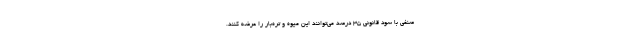
صنفی با سود قانونی 35 درصد می‌توانند این میوه و تره‌بار را عرضه کنند.